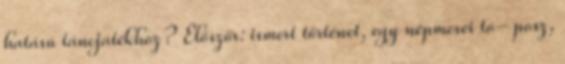
hatású táncjátékhoz? Először: ismert történet, egy népmesei to- posz,